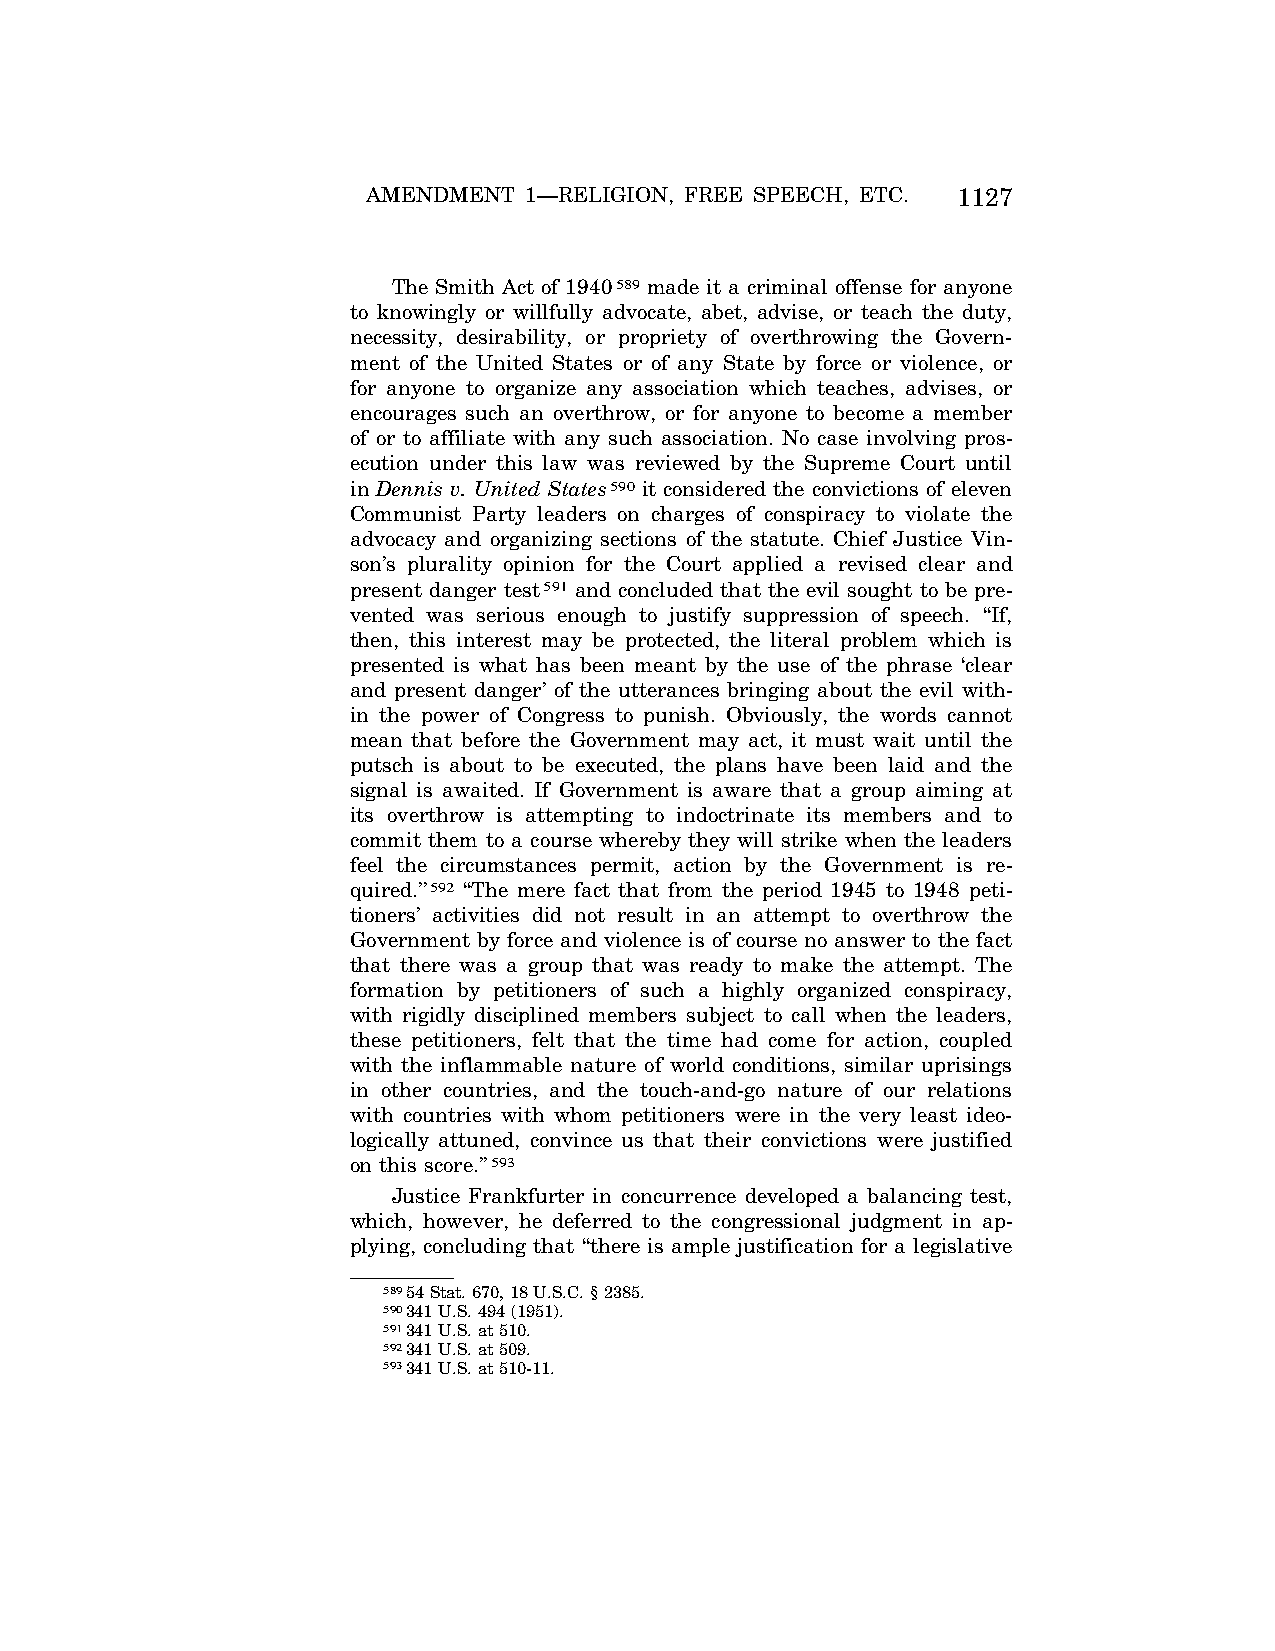
AMENDMENT  1—RELIGION, FREE SPEECH, ETC. 1127
 The Smith Act of 1940589 made it a criminal offense for anyone
 to knowingly or willfully advocate, abet, advise, or teach the duty,
 necessity, desirability, or propriety of overthrowing the Govern-
 ment of the United States or of any State by force or violence, or
 for anyone to organize any association which teaches, advises, or
 encourages such an overthrow, or for anyone to become a member
 of or to affiliate with any such association. No case involving pros-
 ecution under this law was reviewed by the Supreme Court until
 in Dennis v. United States590 it considered the convictions of eleven
 Communist Party leaders on charges of conspiracy to violate the
 advocacy and organizing sections of the statute. Chief Justice Vin-
 son’s plurality opinion for the Court applied a revised clear and
 present danger test591 and concluded that the evil sought to be pre-
 vented was serious enough to justify suppression of speech. ‘‘If,
 then, this interest may be protected, the literal problem which is
 presented is what has been meant by the use of the phrase ‘clear
 and present danger’ of the utterances bringing about the evil with-
 in the power of Congress to punish. Obviously, the words cannot
 mean that before the Government may act, it must wait until the
 putsch is about to be executed, the plans have been laid and the
 signal is awaited. If Government is aware that a group aiming at
 its overthrow is attempting to indoctrinate its members and to
 commit them to a course whereby they will strike when the leaders
 feel the circumstances permit, action by the Government is re-
 quired.’’592 ‘‘The mere fact that from the period 1945 to 1948 peti-
 tioners’ activities did not result in an attempt to overthrow the
 Government by force and violence is of course no answer to the fact
 that there was a group that was ready to make the attempt. The
 formation by petitioners of such a highly organized conspiracy,
 with rigidly disciplined members subject to call when the leaders,
 these petitioners, felt that the time had come for action, coupled
 with the inflammable nature of world conditions, similar uprisings
 in other countries, and the touch-and-go nature of our relations
 with countries with whom petitioners were in the very least ideo-
 logically attuned, convince us that their convictions were justified
 on this score.’’593
 Justice Frankfurter in concurrence developed a balancing test,
 which, however, he deferred to the congressional judgment in ap-
 plying, concluding that ‘‘there is ample justification for a legislative
 58954 Stat. 670, 18 U.S.C. § 2385.
 590341 U.S. 494 (1951).
 591341 U.S. at 510.
 592341 U.S. at 509.
 593341 U.S. at 510-11.
 VerDate Apr<15>2004 08:57 Jun 25, 2004 Jkt 077500 PO 00000 Frm 00115 Fmt 8222 Sfmt 8222 C:\CONAN\CON024.SGM PRFM99 PsN: CON024